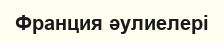
Франция әулиелері